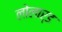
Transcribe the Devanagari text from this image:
लोलार्ड